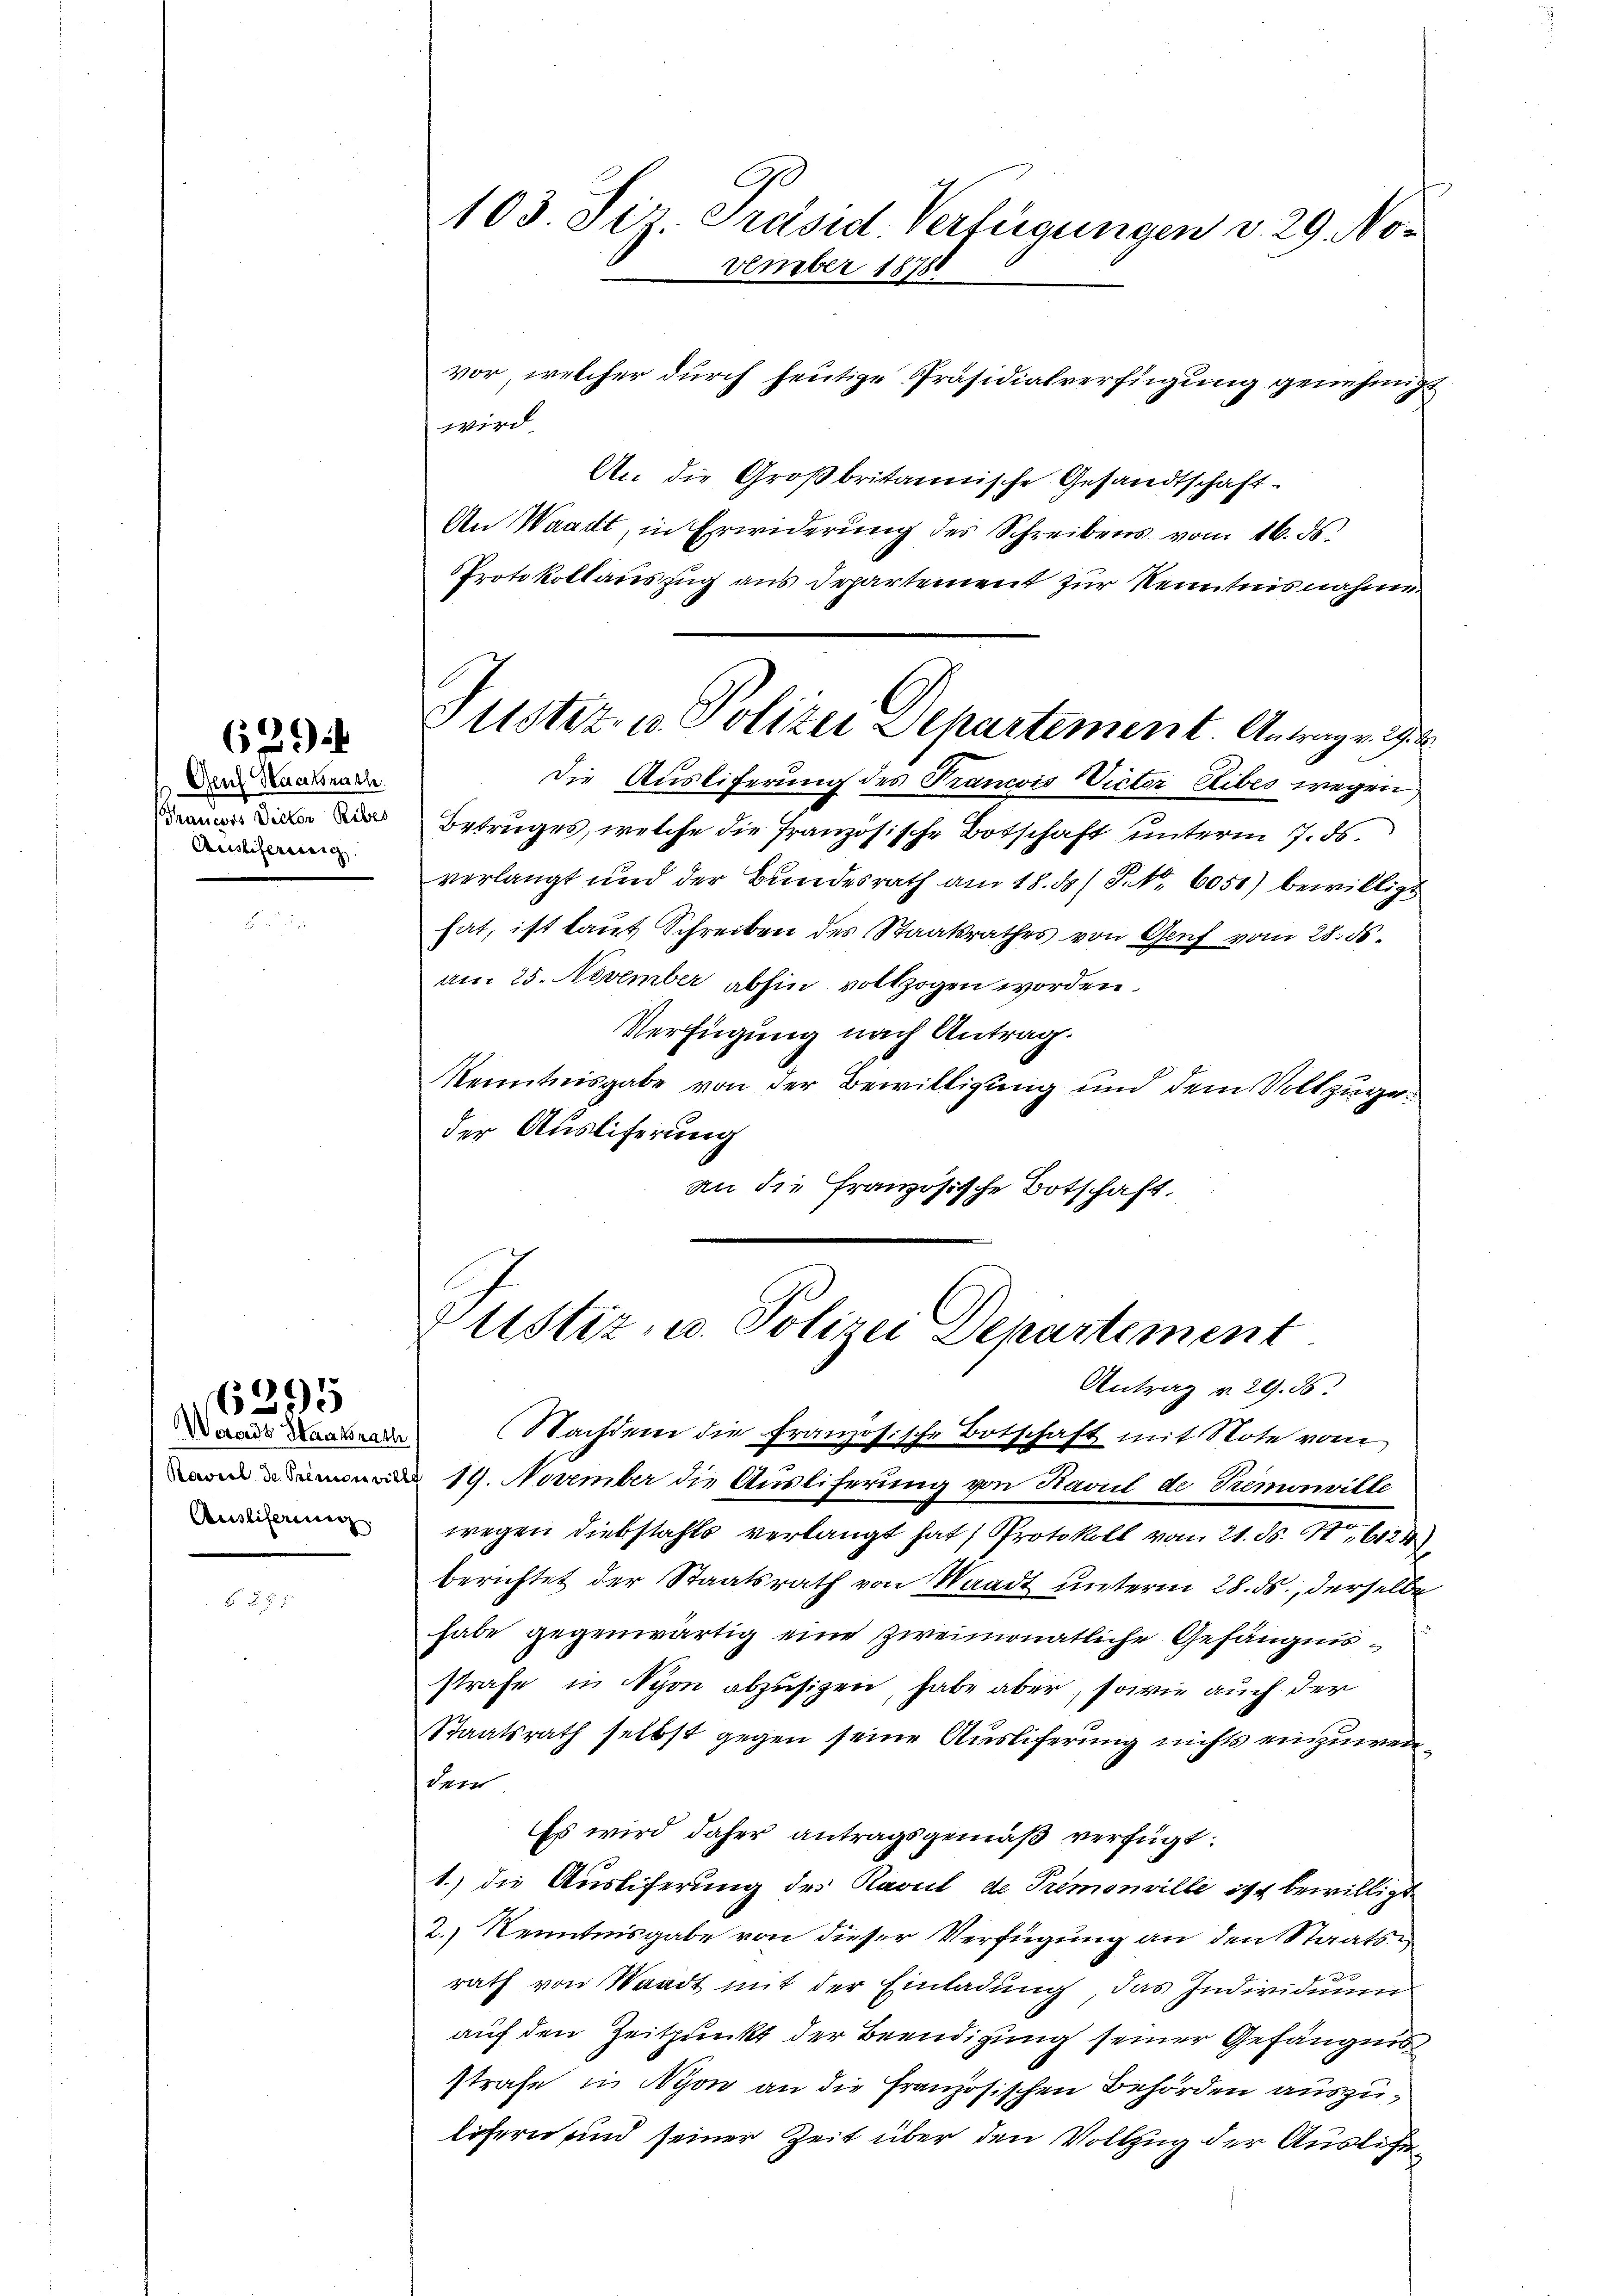
Genf Haatsrath
Ausliserweig

629

295

Ausliferung

103. Siz. Präsid. Verfügungen v. 29. Nor
vember 18788

Justiz, u. Polizei Departement. Antrage

vor, welcher durch heutige Präsidialverfügung genehmig
wird.
An die Großbritannische Gesandtschaft.
An Waadt, in Erwiderung des Schreibens vom 16. ds.
Protokollauszug aus Departement zur Kenntnisnahme.
Die Ausliferung des Trancis Victor Libes wegen
Betruges, welche die französische Botschaft unterm 7. ds.
verlangt und der Bundesrath am 18. ds. S. Nr. 6050) bewilligt
hat, ist laut Schreiben des Staatsrathes von Genf vom 28. ds.
am 25. November abhin vollzogen worden.
Verfügung nach Antrag.
Kenntnisgabe von der Bewilligung und dem Vollzugeder Ausliferung
an die Französische Botschaft,

Zustiz, u. Polizei Departement
Antrag v. 29. 86.

Nachdem die französische Botschaft mit Note vom
 19. November die Ausliferung von Havul de Tremonville
wegen Diebstahls verlangt hat, Protokoll vom 21. ds. S. 612
berichtet der Staatsrath von Waadt unterm 28. ds., derselbe
habe gegenwärtig eine zweimonatliche Gefängnisstrafe in Nyon abzusizen, habe aber, sowie auch der
Staatsrath selbst gegen seine Ausliferung nichts einzuwendem
Es wird daher antragsgemäß verfügt:
1.) die Auslieferung des Ravul de Premonville ist bewilligt
2.) Kenntnisgabe von dieser Verfügung an den Staats¬

rath von Waadt mit der Einladung, das Individuum
auf den Zeitpunkt der Beendigung seiner Gefängnis
strafe in Nyon an die Französischen Behörden auszulisern und seiner Zeit über den Vollzug der Ausliefe¬